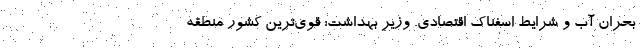
بحران آب و شرایط اسفناک اقتصادی. وزیر بهداشت: قوی‌ترین کشور منطقه